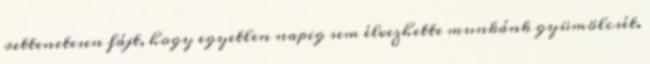
rettenetesen fájt, hogy egyetlen napig sem élvezhette munkánk gyümölcsét.